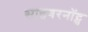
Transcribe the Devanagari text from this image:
साइबरनॉट्स